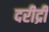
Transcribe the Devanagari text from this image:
दरीद्री